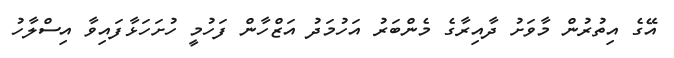
އޭގެ އިތުރުން މާވަށު ދާއިރާގެ މެންބަރު އަހުމަދު އަޒްހާން ފަހުމީ ހުށަހަޅާފައިވާ އިސްލާހު